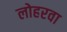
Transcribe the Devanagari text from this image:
लोहरवा